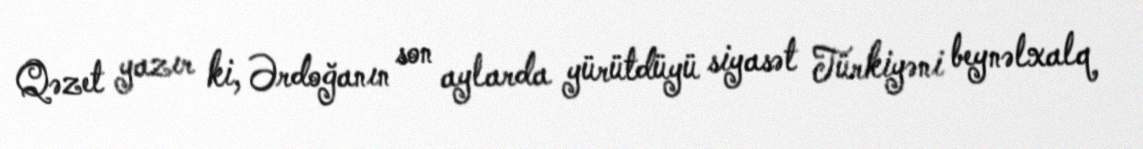
Qəzet yazır ki, Ərdoğanın son aylarda yürütdüyü siyasət Türkiyəni beynəlxalq